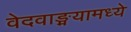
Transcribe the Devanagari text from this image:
वेदवाङ्मयामध्ये